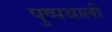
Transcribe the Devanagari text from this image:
पुष्पथाली